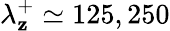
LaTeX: \lambda_{\mathbf{z}}^{+}\simeq125,250